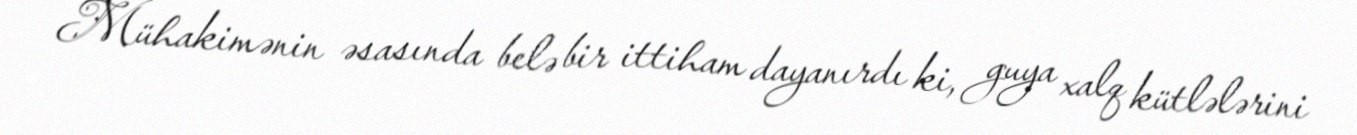
Mühakimənin əsasında belə bir ittiham dayanırdı ki, guya xalq kütlələrini